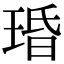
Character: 琘